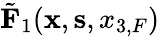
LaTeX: \tilde{\mathbf F}_{1}({{\mathbf x}},{{\mathbf s}},{x_{3,F}})